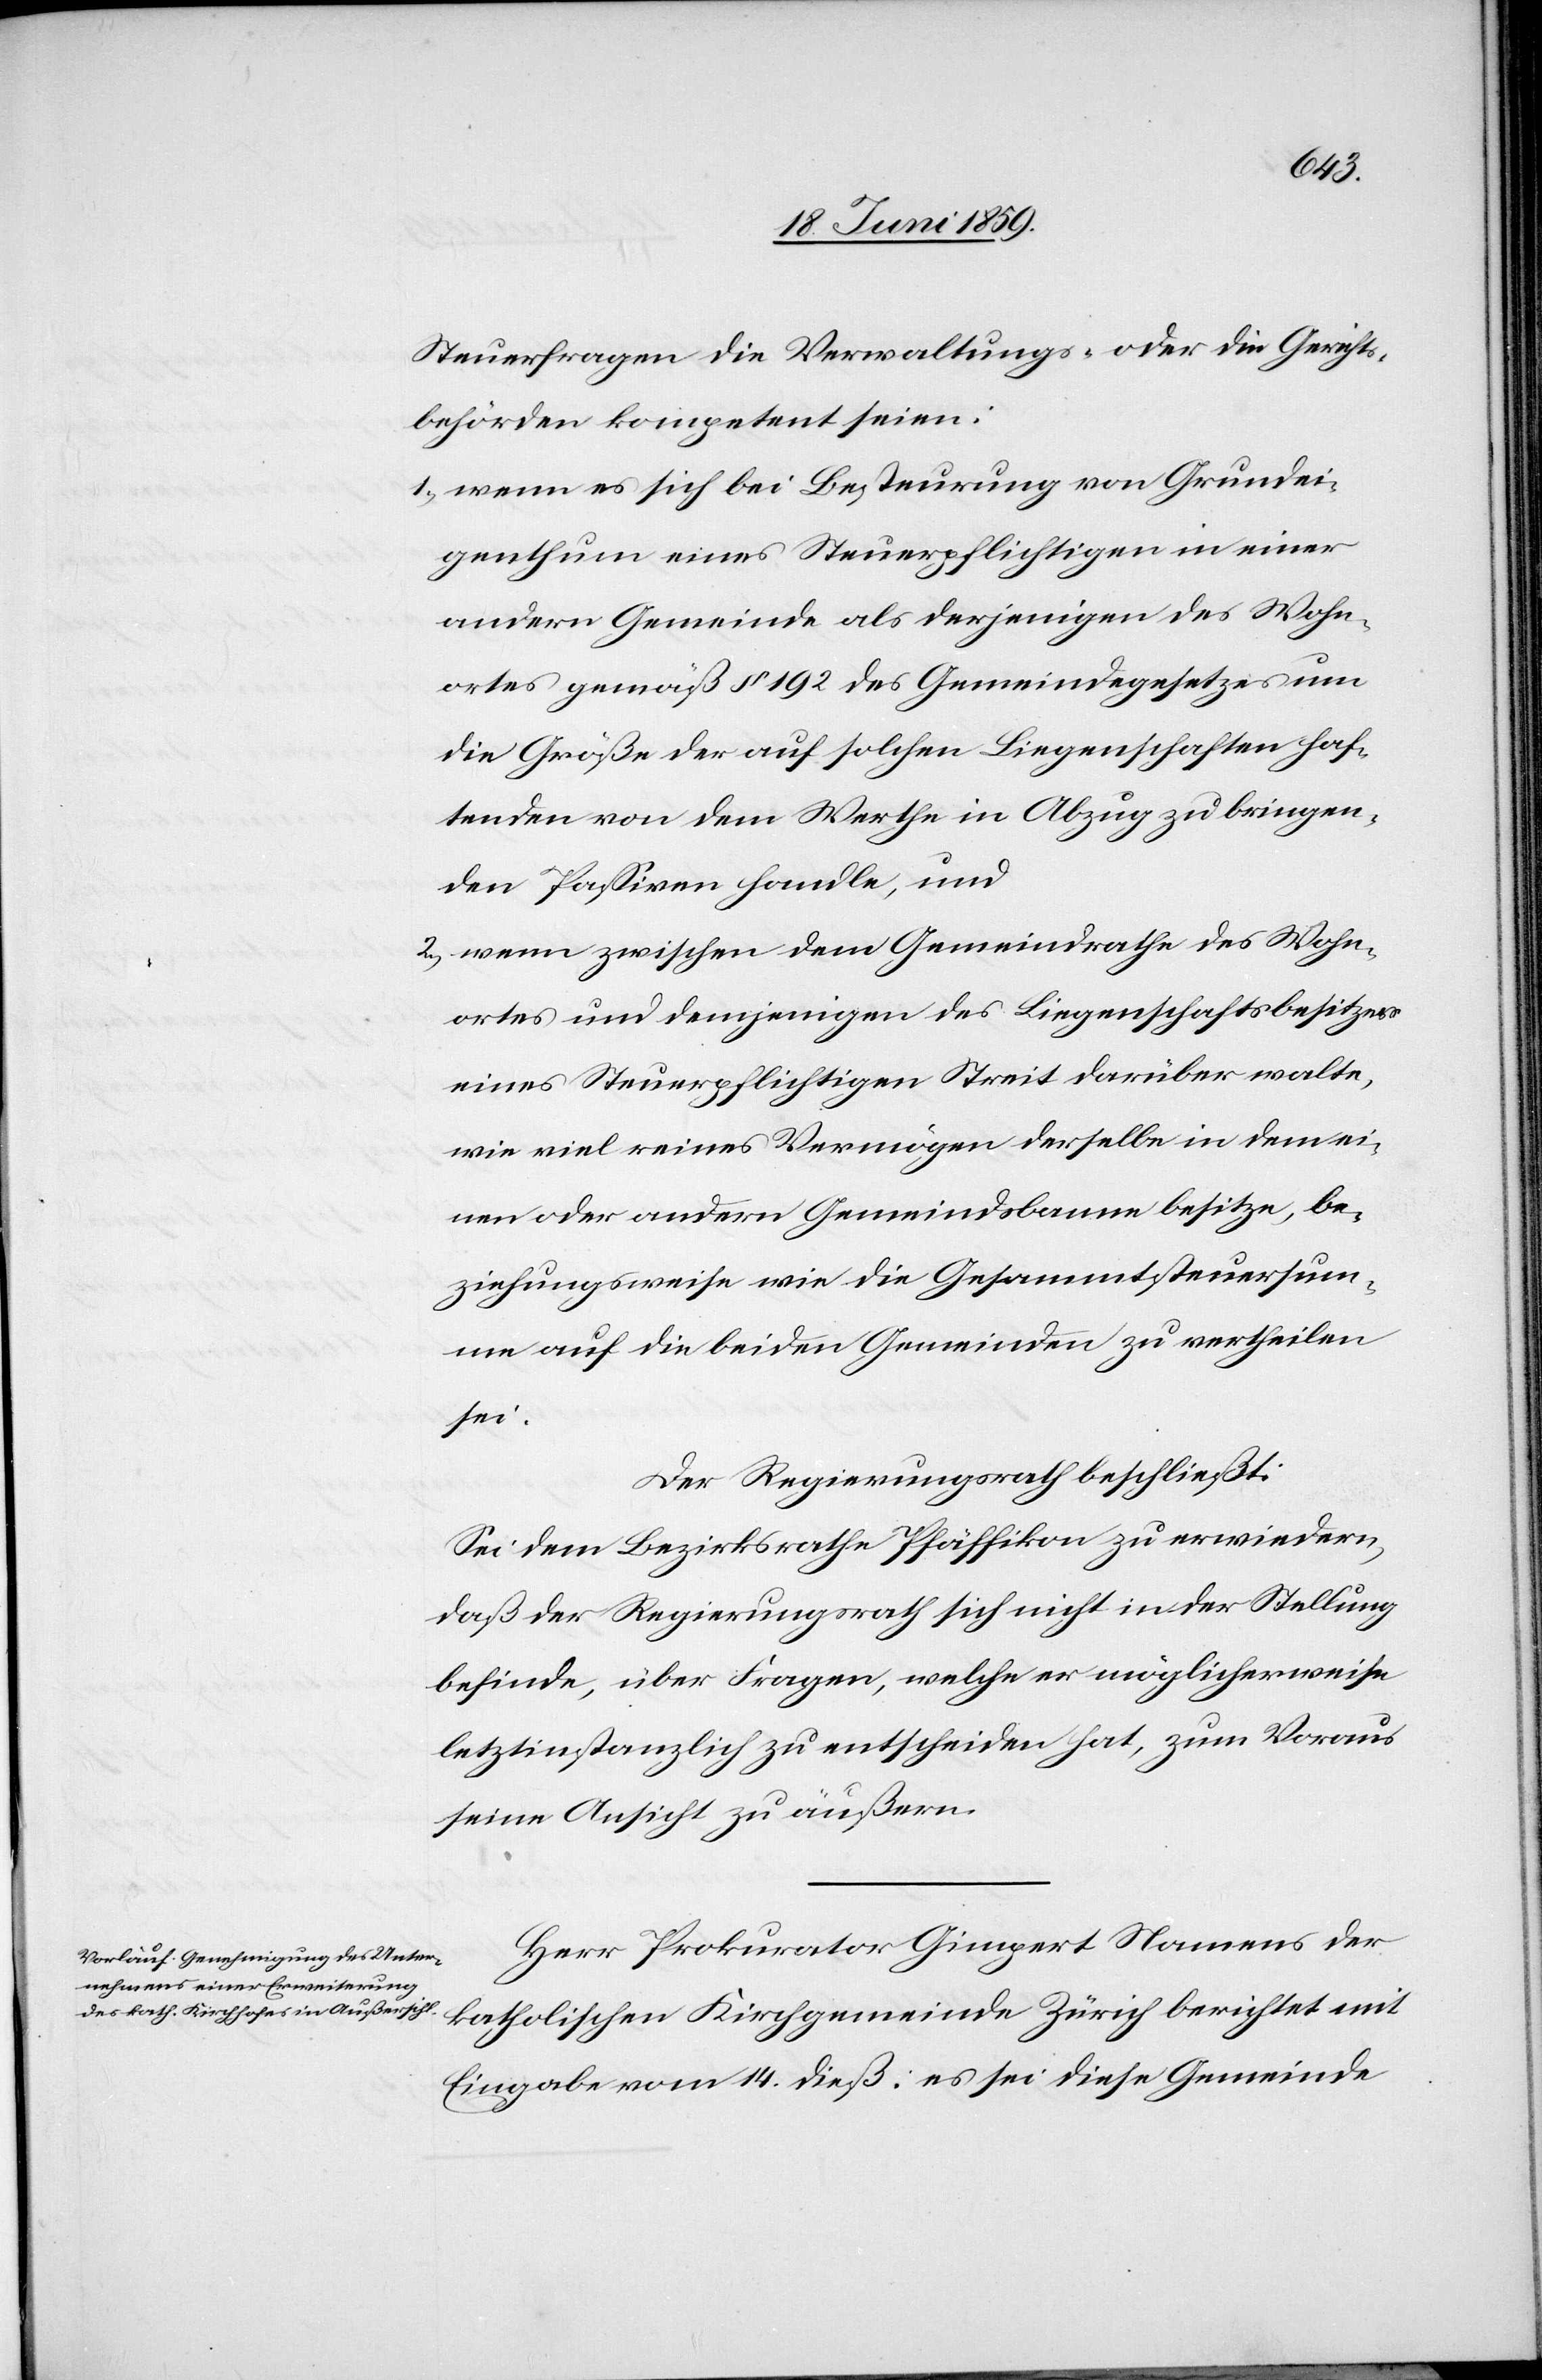
Steuerfragen die Verwaltungs- oder die Gerichts¬
behörden kompetent seien:
1) wenn es sich bei Besteurung von Grundei¬
genthum eines Steuerpflichtigen in einer
andern Gemeinde als derjenigen des Wohn¬
ortes gemäß § 192 des Gemeindegesetzes um
die Größe der auf solchen Liegenschaften haf¬
tenden von dem Werthe in Abzug zu bringen¬
den Passiven handle, und
2) wenn zwischen dem Gemeindrathe des Wohn¬
ortes und demjenigen des Liegenschaftsbesitzes
eines Steuerpflichtigen Streit darüber walte,
wie viel reines Vermögen derselbe in dem ei¬
nen oder andern Gemeindsbanne besitze, be¬
ziehungsweise wie die Gesammtsteuersum¬
me auf die beiden Gemeinden zu vertheilen
sei.
Der Regierungsrath beschließt:
Sei dem Bezirksrathe Pfäffikon zu erwiedern,
daß der Regierungsrath sich nicht in der Stellung
befinde, über Fragen, welche er möglicherweise
letztinstanzlich zu entscheiden hat, zum Voraus
seine Ansicht zu äußern.
Herr Prokurator Gimpert Namens der
katholischen Kirchgemeinde Zürich berichtet mit
Eingabe vom 14. dieß: es sei diese Gemeinde